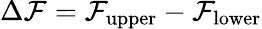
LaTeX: \Delta\mathcal{F}=\mathcal{F}_{\mathrm{{upper}}}-\mathcal{F}_{\mathrm{{lower}}}